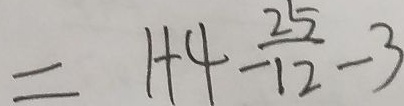
= 1 + 4 - \frac { 2 5 } { 1 2 } - 3